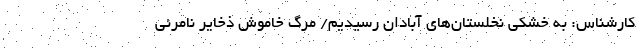
کارشناس: به خشکی نخلستان‌های آبادان رسیدیم/ مرگ خاموش ذخایر نامرئی